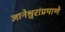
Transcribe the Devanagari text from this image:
ज्ञानेश्वरांप्रमाणे